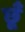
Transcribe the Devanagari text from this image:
छूँ